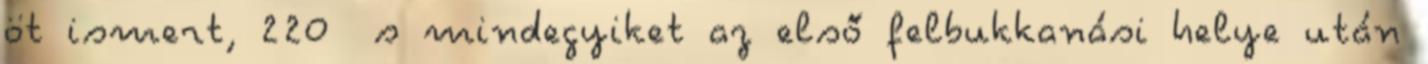
öt ismert, 220 s mindegyiket az első felbukkanási helye után